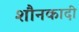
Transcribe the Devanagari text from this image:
शौनकादी